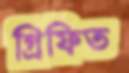
গ্রিফিত